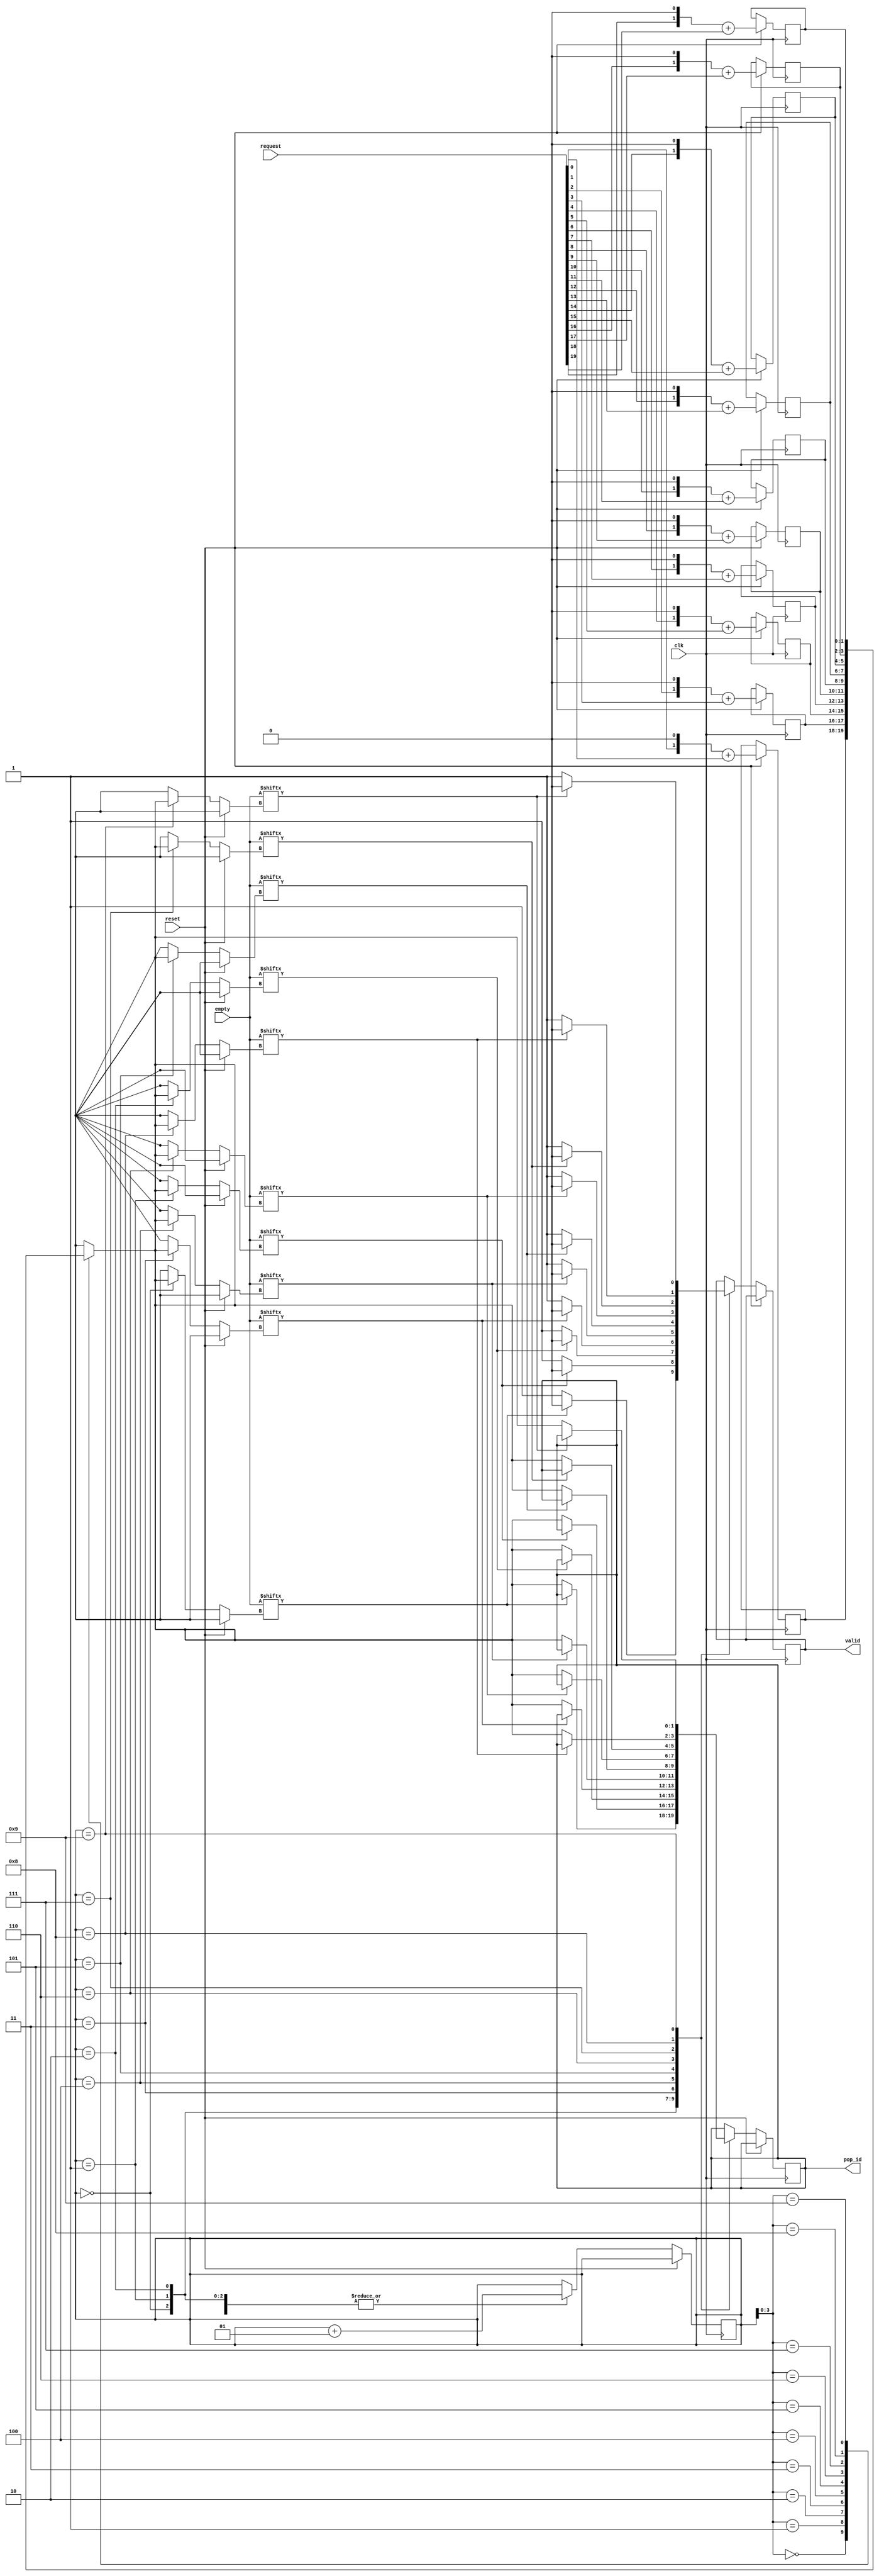
module mid(	input reset,
		input [19:0] request,
		output reg [1:0] pop_id,
		input clk,
		input [3:0] empty,
		output reg valid); // el CLK puede ser mucho mas rapido que otros

	reg [1:0] mem1 [0:9];
	integer index;
	integer count = 0;

	always @ (posedge clk) begin

		if (reset != 0) begin

			for (index = 0; index < 11; index = index + 1) begin

				mem1 [index] <= (request[index * 2] << 1) + request[index * 2 + 1];
			end

		end

		if (reset == 0) begin

			if (count == 9)
				count <= 0;

			case (count)

				0:
					begin	
						if (empty[mem1[count]] == 0) begin
							pop_id <= mem1 [count];
							count = count + 1;
							valid = 1;
						end
						else begin
							count = count + 1;
							valid = 0;
						end
					end
				1:	
					begin
						if (empty[mem1[count]] == 0) begin
							pop_id <= mem1 [count];
							count = count + 1;
							valid = 1;
						end
						else begin
							count = count + 1;
							valid = 0;
						end
					end
				2:
					begin
						if (empty[mem1[count]] == 0) begin
							pop_id <= mem1 [count];
							count = count + 1;
							valid = 1;
						end
						else begin
							count = count + 1;
							valid = 0;
						end
					end
				3:
					begin	
						if (empty[mem1[count]] == 0) begin
							pop_id <= mem1 [count];
							count = count + 1;
							valid = 1;
						end
						else begin
							count = count + 1;
							valid = 0;
						end
					end
				4:
					begin	
						if (empty[mem1[count]] == 0) begin
							pop_id <= mem1 [count];
							count = count + 1;
							valid = 1;
						end
						else begin
							count = count + 1;
							valid = 0;
						end
					end
				5:
					begin
						if (empty[mem1[count]] == 0) begin
							pop_id <= mem1 [count];
							count = count + 1;
							valid = 1;
						end
						else begin
							count = count + 1;
							valid = 0;
						end
					end
				6:
					begin
						if (empty[mem1[count]] == 0) begin
							pop_id <= mem1 [count];
							count = count + 1;
							valid = 1;
						end
						else begin
							count = count + 1;
							valid = 0;
						end
					end
				7:
					begin
						if (empty[mem1[count]] == 0) begin
							pop_id <= mem1 [count];
							count = count + 1;
							valid = 1;
						end
						else begin
							count = count + 1;
							valid = 0;
						end
					end
				8:
					begin
						if (empty[mem1[count]] == 0) begin
							pop_id <= mem1 [count];
							count = count + 1;
							valid = 1;
						end
						else begin
							count = count + 1;
							valid = 0;
						end
					end	
				9:
					begin
						if (empty[mem1[count]] == 0) begin
							pop_id <= mem1 [count];
							count = count + 1;
							valid = 1;
						end
						else begin
							count = count + 1;
							valid = 0;
						end
					end
				default:
					begin
						count = count;
					end
			endcase

		end
	
	end

endmodule